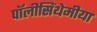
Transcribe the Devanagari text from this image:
पॉलीसिंथेमीया